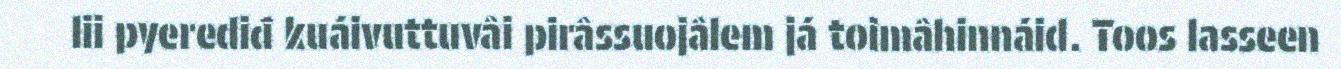
lii pyerediđ kuáivuttuvâi pirâssuojâlem já toimâhinnáid. Toos lasseen